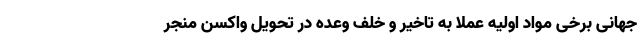
جهانی برخی مواد اولیه عملا به تاخیر و خلف وعده در تحویل واکسن منجر